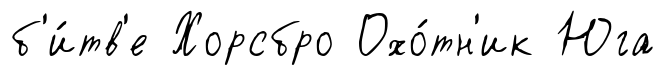
б'и́тв'е Хорсбро Охо́тн'ик Юга